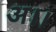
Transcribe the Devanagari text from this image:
अ।।